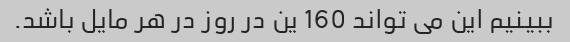
ببینیم این می تواند 160 ین در روز در هر مایل باشد.